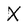
Character: X